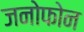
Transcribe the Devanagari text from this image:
जनोफोन